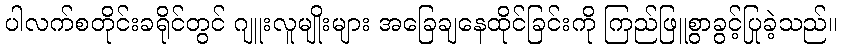
ပါလက်စတိုင်းခရိုင်တွင် ဂျူးလူမျိုးများ အခြေချနေထိုင်ခြင်းကို ကြည်ဖြူစွာခွင့်ပြုခဲ့သည်။